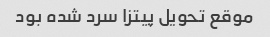
موقع تحویل پیتزا سرد شده بود